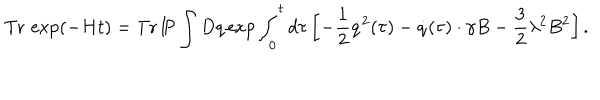
LaTeX: \mathrm { T r } \, \exp ( - H t ) = \mathrm { T r } \, \mathrm { I \! P } \int D q \exp \int _ { 0 } ^ { t } d \tau \left[ - \frac 1 2 \dot { q } ^ { 2 } ( \tau ) - \dot { q } ( \tau ) \cdot \gamma B - \frac 3 2 \lambda ^ { 2 } B ^ { 2 } \right] .